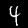
Label: 4